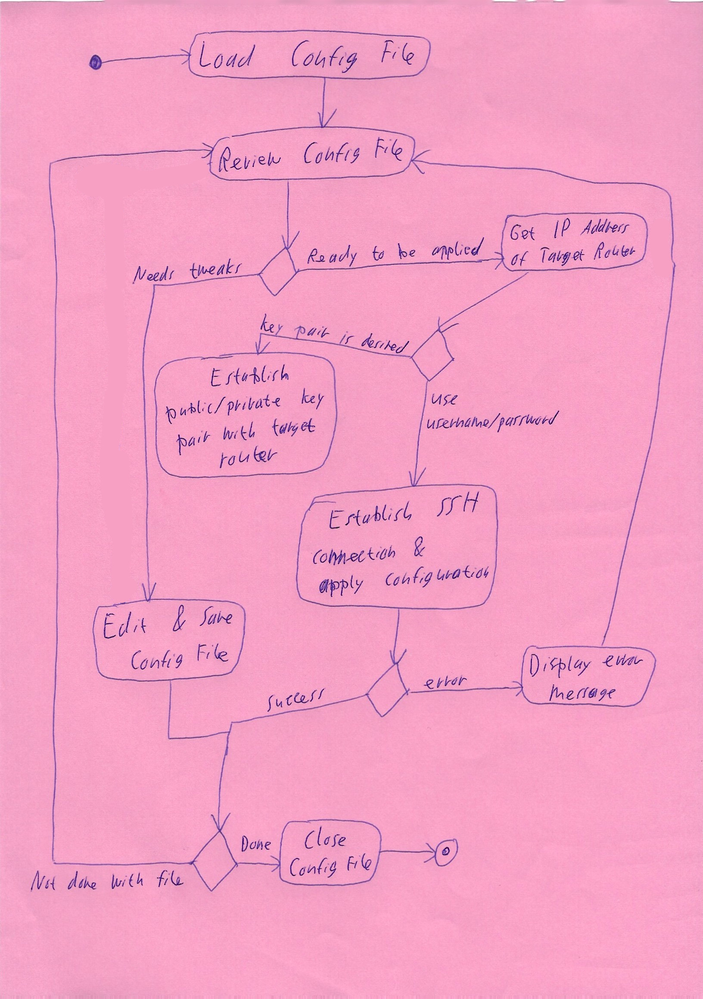
Diagram type: activity_diagram
```plantuml
@startuml

start

:Load Config File;

repeat

  repeat:Review Config File;

  if () then (Needs tweaks)
    :Edit & Save Config File;
  else (Ready to be applied)
    :Get IP Address of Target Router;
    if () then (key pair is desired)
      :Establish public/private key pair with target router;
      detach
    else (use username/password)
      :Establish SSH connection & apply configuration;
    endif
  endif

  backward:Display error message;
  repeat while () is (error) not (success)

repeat while () is (Not done with file) not (Done)

:Close Config File;

stop

@enduml
```